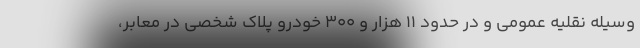
وسيله نقليه عمومي و در حدود 11 هزار و 300 خودرو پلاك شخصي در معابر،